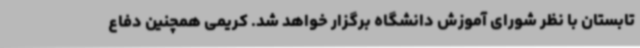
تابستان با نظر شورای آموزش دانشگاه برگزار خواهد شد. کریمی همچنین دفاع